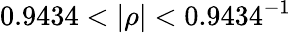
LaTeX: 0.9434<|\rho|<0.9434^{-1}